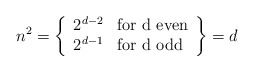
\begin{align*}n^2=\left\{ \begin{array}{ll}2^{d-2} & \mbox{for d even}\\2^{d-1}& \mbox{for d odd} \end{array}\right\}=d\end{align*}